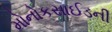
મોનોકસાઈડની